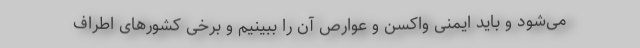
می‌شود و باید ایمنی واکسن و عوارص آن را ببینیم و برخی کشورهای اطراف